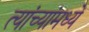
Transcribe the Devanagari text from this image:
त्यांच्यांमध्ये